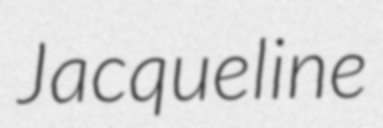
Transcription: Jacqueline